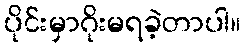
ပိုင်းမှာဂိုးမရခဲ့တာပါ။